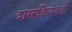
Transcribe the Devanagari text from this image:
शस्त्रक्रियेतही